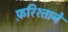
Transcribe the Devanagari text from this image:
फ़रिश्ताने